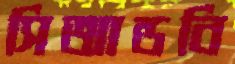
সিআন্ডবি